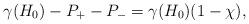
LaTeX: \begin{align*}\gamma(H_0) - P_+ - P_-=\gamma(H_0)(1-\chi),\end{align*}